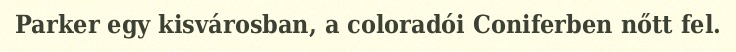
Parker egy kisvárosban, a coloradói Coniferben nőtt fel.